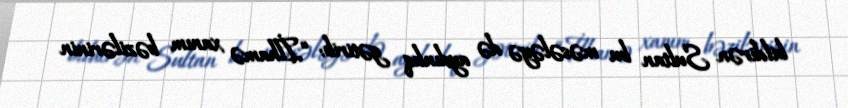
bildirən Sultan bu məsələyə də aydınlıq gətirib: “İlhamə xanım bəzilərinin